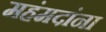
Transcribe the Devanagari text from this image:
महंमदांना